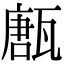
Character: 㼺